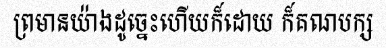
ព្រមានយ៉ាងដូច្នេះហើយក៏ដោយ ក៏គណបក្ស